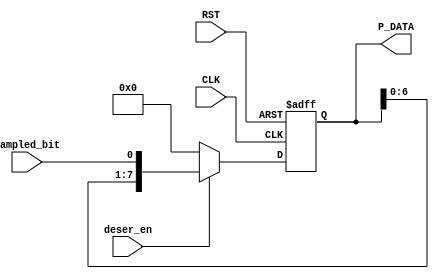
module Deserializer(
  input wire CLK, RST,
  input wire deser_en,
  input wire sampled_bit,
  output reg [7 : 0] P_DATA
  );
 
always @(posedge CLK, negedge RST)
begin
  if(!RST)
    begin
      P_DATA <= 'b0;
    end
  else if(deser_en)
    begin
      P_DATA <= {P_DATA[6 : 0], sampled_bit};
    end
    
  else
    begin
      P_DATA = 'b0;
    end
end

endmodule